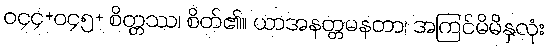
ဝ၄၄+ဝ၄၅+ စိတ္တဿ၊ စိတ်၏။ ယာအနတ္တမနတာ၊ အကြင်မိမိနှလုံး